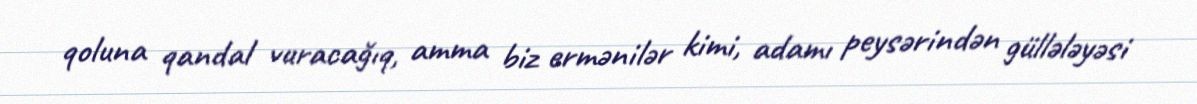
qoluna qandal vuracağıq, amma biz ermənilər kimi, adamı peysərindən güllələyəsi